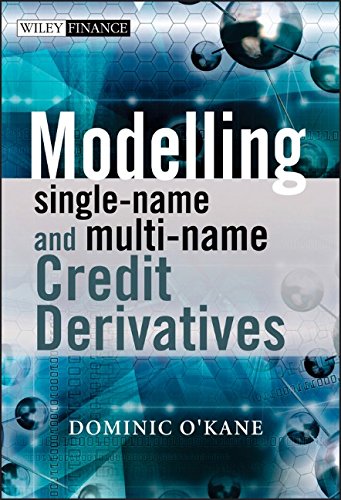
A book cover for Modelling Single-name and Multi-name Credit Derivatives; Dominic O'Kane; Business & Money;